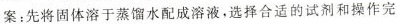
案：先将固体溶于蒸馏水配成溶液，选择合适的试剂和操作完